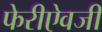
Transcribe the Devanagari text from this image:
फेरीऐवजी